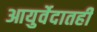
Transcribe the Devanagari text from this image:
आयुर्वेदातही